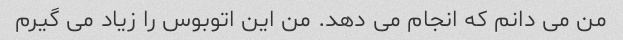
من می دانم که انجام می دهد. من این اتوبوس را زیاد می گیرم